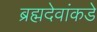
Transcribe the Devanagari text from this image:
ब्रह्मदेवांकडे